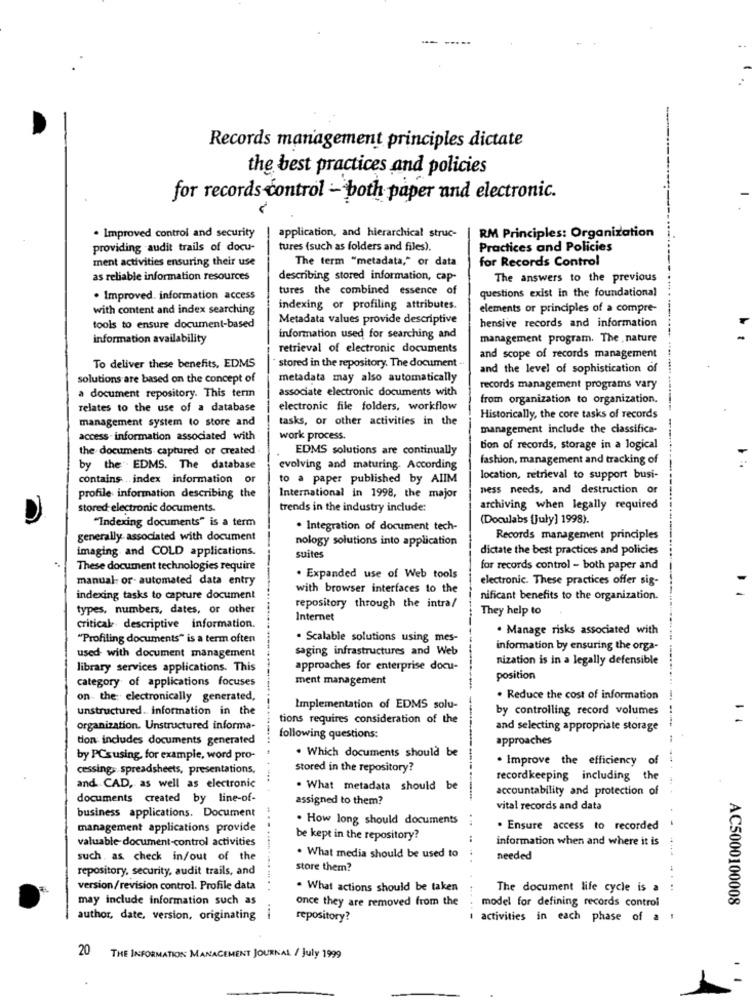
-- -----
Records management principles dictate
the best practices and policies
for records control - both paper and electronic.
RM Principles: Organization
. Improved control and security
application, and hierarchical struc-
providing audit trails of docu-
tures (such as folders and files).
Practices and Policies
ment activities ensuring their use
for Records Control
The term "metadata," or data
as reliable information resources
describing stored information, cap-
The answers to the previous
tures the combined essence of
questions exist in the foundational
. Improved. information access
with content and index searching
indexing or profiling attributes.
elements or principles of a compre-
Metadata values provide descriptive
hensive records and information
tools to ensure document-based
information availability
information used for searching and
management program. The , nature
retrieval of electronic documents
and scope of records management
To deliver these benefits, EDMS
stored in the repository. The document .
and the level of sophistication of
solutions are based on the concept of
metadata may also automatically
associate electronic documents with
records management programs vary
a document repository. This term
from organization to organization.
relates to the use of a database
electronic file folders, workflow
management system to store and
tasks, or other activities in the
Historically, the core tasks of records
management include the classifica-
access- information associated with
work process.
the documents captured or created
EDMS solutions are continually
Bon of records, storage in a logical
fashion, management and tracking of
by the' EDMS. The database
evolving and maturing. According
contains .. index information or
to a paper published by AIIM
location, retrieval to support busi-
ness needs, and destruction or
profile information describing the
International in 1998, the major
stored electronic documents.
trends in the industry include:
archiving when legally required
"Indexing documents" is a term
(Doculabs [July] 1998).
· Integration of document tech-
generally associated with document
nology solutions into application
Records management principles
imaging and COLD applications.
dictate the best practices and policies
suites
These document technologies require
for records control - both paper and
manual: or- automated data entry
. Expanded use of Web tools
electronic. These practices offer sig-
with browser interfaces to the
indexing tasks to capture document
nificant benefits to the organization.
types, numbers, dates, or other
repository through the intra/
They help to
Internet
critical descriptive information.
. Manage risks associated with
"Profiling documents" is a term often
. Scalable solutions using mes-
saging infrastructures and Web
information by ensuring the orga-
used with document management
nization is in a legally defensible
library services applications. This
approaches for enterprise docu-
category of applications focuses
ment management
position
on the electronically generated,
. Reduce the cost of information
unstructured. information in the
Implementation of EDMS solu-
by controlling record volumes
tions requires consideration of the
organization. Unstructured informa-
and selecting appropriate storage
ton includes documents generated
....
following questions:
approaches
--- -
. Which documents should be
by PCsusing, for example, word pro-
. Improve the efficiency
of
cessing, spreadsheets, presentations,
Stored in the repository?
recordkeeping including
the
and CAD, as well as electronic
. What metadata should be
accountability and protection of
documents created by line-of-
assigned to them?
vital records and data
business applications. Document
...
. How long should documents
....
management applications provide
. Ensure access to recorded
valuable document-control activities
be kept in the repository?
information when and where it is
such. as check in/out of the
. What media should be used to
. .
needed
repository, security, audit trails, and
.....
store them?
version/revision control. Profile data
..
. What actions should be taken
The document life cycle is a
may include information such as
once they are removed from the
model for defining records control
AC5000100008
author, date, version, originating
repository?
1 activities in each phase of a :
20
THE INFORMATION MANAGEMENT JOURNAL / july 1999